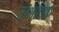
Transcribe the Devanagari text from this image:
उब्भटक